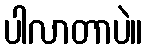
ပါလာတာပဲ။